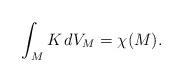
LaTeX: \begin{align*}\int_M K \, dV_M=\chi(M).\end{align*}